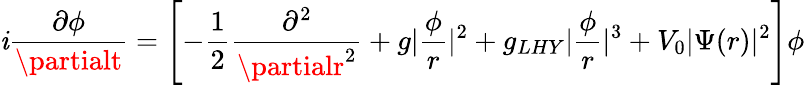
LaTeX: \mathit{i}\frac{{\partial\phi}}{{\partialt}}=\left[-\frac{{1}}{{2}}\frac{{\partial^{2}}}{{\partialr^{2}}}+g|\frac{{\phi}}{{r}}|^{2}+g_{LHY}|\frac{{\phi}}{{r}}|^{3}+V_{0}|\Psi(r)|^{2}\right]\phi